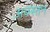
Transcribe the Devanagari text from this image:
अवस्तन